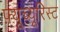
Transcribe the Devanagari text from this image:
फ़्यूच्यूरिस्ट